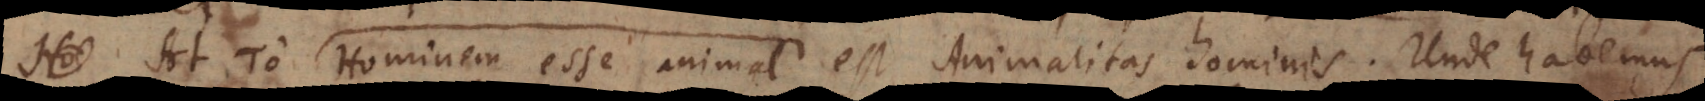
At το Hominem esse animal est Animalitas hominis. Unde habemus